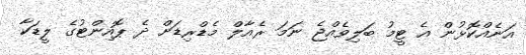
އަނެއްކޮޅުން އެ ޓީމު ބަލިވެއްޖެ ނަމަ ރެއާލް މެޑްރިޑަށް ދެ ޕޮއިންޓުގެ ލީޑަކާ